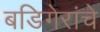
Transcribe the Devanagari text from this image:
बडिगेरांचे